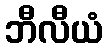
ဘီလီယံ